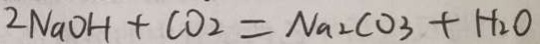
2 N a O H + C O _ { 2 } = N a _ { 2 } C O _ { 3 } + H _ { 2 } O